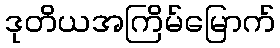
ဒုတိယအကြိမ်မြောက်